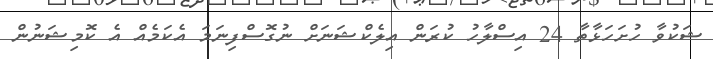
ޝަކުވާ ހުށަހަޅާތާ 24 އިސްލާހު ކުރަން އިލެކްޝަނަށް ނުގޮސްފިނަމަ އެކަމެއް އެ ކޮމިޝަނުން